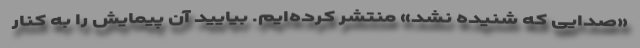
«صدایی که شنیده نشد» منتشر کرده‌ایم. بیایید آن پیمایش را به کنار